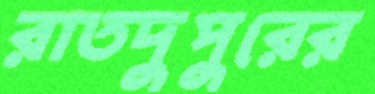
রাতদুপুরের